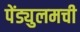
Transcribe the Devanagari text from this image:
पेंड्युलमची